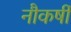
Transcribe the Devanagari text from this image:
नौकर्षी